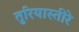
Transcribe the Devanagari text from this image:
तुरियास्तीरे